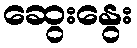
ဆွေးနွေး